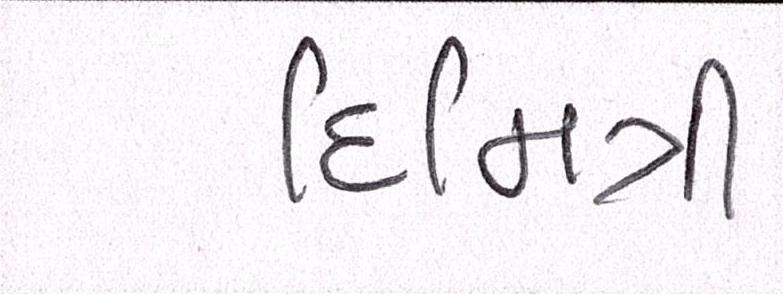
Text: દિમિત્રી